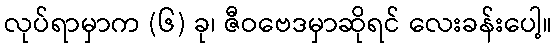
လုပ်ရာမှာက (၆) ခု၊ ဇီဝဗေဒမှာဆိုရင် လေးခန်းပေါ့။